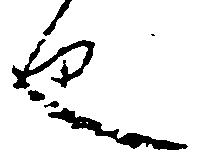
也